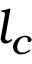
{ l } _ { c }